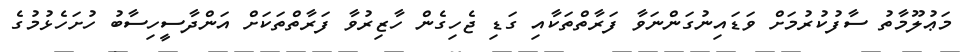
މަޢުލޫމާތު ސާފުކުރުމަށް ވަޑައިނުގަންނަވާ ފަރާތްތަކާއި ގަޑި ޖެހިގެން ހާޒިރުވާ ފަރާތްތަކަށް އަންދާސީހިސާބު ހުށަހެޅުމުގެ